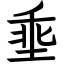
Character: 埀